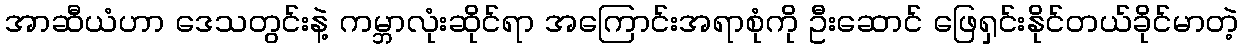
အာဆီယံဟာ ဒေသတွင်းနဲ့ ကမ္ဘာလုံးဆိုင်ရာ အကြောင်းအရာစုံကို ဦးဆောင် ဖြေရှင်းနိုင်တယ်ခိုင်မာတဲ့